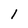
Character: 1